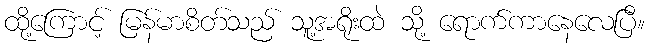
ထို့ကြောင့် မြန်မာစိတ်သည် သူ့အရိုးထဲ သို့ ရောက်ကာနေလေပြီ။